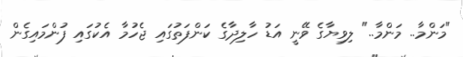
"މަންމާ.. މަންމާ.." ލިވިޔާގެ ވޭނީ އަޑު ހާލިދާގެ ކަންފަތުގައި ޖެހުމާ އެކުގައި ފުންމައިގެން